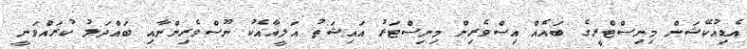
އެޑިއުކޭޝަން މިނިސްޓްރީގެ ބައެއް އިސްވެރިން މިނިސްޓަރު އައިޝަތު އަލީއާއެކު ނޫސްވެރިންނާއި ބައްދަލު ކުރައްވަނީ